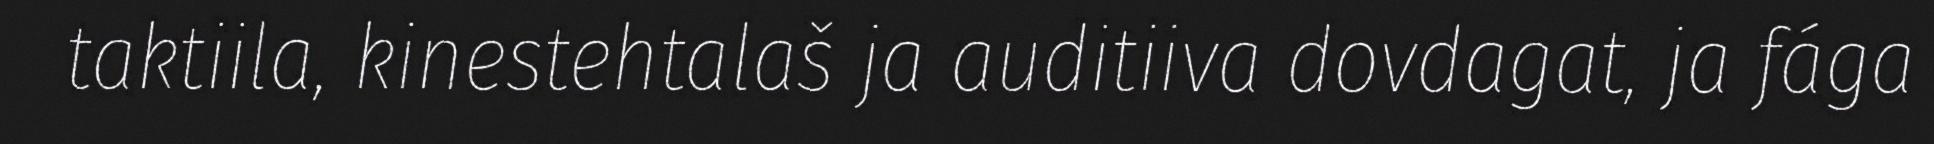
taktiila, kinestehtalaš ja auditiiva dovdagat, ja fága